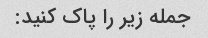
جمله زیر را پاک کنید: